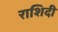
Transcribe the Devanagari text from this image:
राशिदी